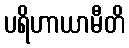
ပရိဟာယာမီတိ